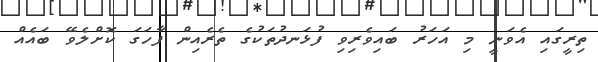
ތިރީގައި އެވަނީ މި އަހަރު ބައިވެރިވި ފުޅަނދުތަކުގެ ތެރެއިން ފާހަގަ ކޮށްލެވޭ ބައެއް